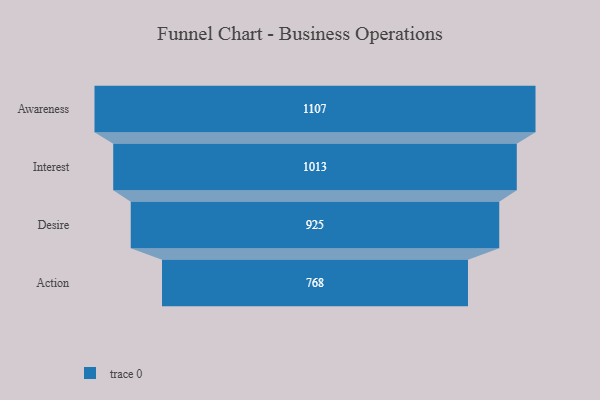
{"axis": {"x": "Stage", "y": "Value"}, "legend": [""], "data": [{"x": "Awareness", "y": 1107.0, "type": ""}, {"x": "Interest", "y": 1013.0, "type": ""}, {"x": "Desire", "y": 925.0, "type": ""}, {"x": "Action", "y": 768.0, "type": ""}]}